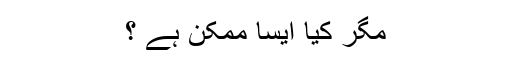
مگر کیا ایسا ممکن ہے ؟